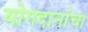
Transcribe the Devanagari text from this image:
योगदानांचा